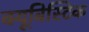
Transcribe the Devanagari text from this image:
क्यूबिस्टिक